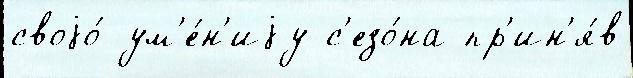
своjо́ ум'е́н'иjу с'езо́на пр'ин'я́в